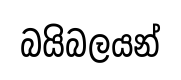
බයිබලයන්